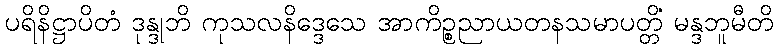
ပရိနိဋ္ဌာပိတံ ဒုန္ဒုဘိ ကုသလနိဒ္ဒေသေ အာကိဉ္စညာယတနသမာပတ္တိံ မန္ဒဘူမီတိ